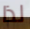
لذا